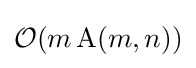
{\mathcal {O}}(m\operatorname {A} (m,n))